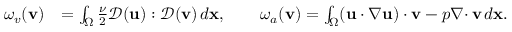
\begin{array} { r l } { \omega _ { v } ( { \mathbf v } ) } & { = \int _ { \Omega } \frac { \nu } { 2 } { \mathcal { D } } ( { \mathbf u } ) : { \mathcal { D } } ( { \mathbf v } ) \, d { \mathbf x } , \qquad \omega _ { a } ( { \mathbf v } ) = \int _ { \Omega } ( { \mathbf u } \cdot \nabla { \mathbf u } ) \cdot { \mathbf v } - p { { \nabla \cdot } \, } { \mathbf v } \, d { \mathbf x } . } \end{array}